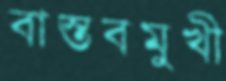
বাস্তবমুখী